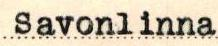
Savonlinna